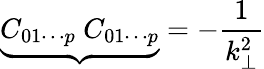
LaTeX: {\underbrace{C_{01\cdots p}~C_{01\cdots p}}}=-\frac{1}{k_{\bot}^{2}}